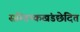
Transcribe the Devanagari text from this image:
सम्तिष्कखंडछेदित